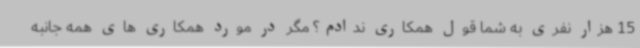
15 هزار نفری به شما قول همکاری ندادم؟ مگر در مورد همکاری های همه جانبه